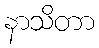
နာသိတာ